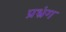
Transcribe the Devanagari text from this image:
प्रभ्रंग